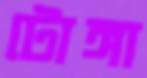
টোঙ্গা